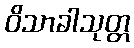
ဝိသာခါသုတ္တ